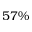
5 7 \%